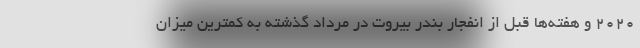
2020 و هفته‌ها قبل از انفجار بندر بیروت در مرداد گذشته به کمترین میزان